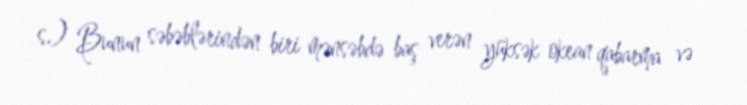
s.) Bunun səbəblərindən biri mənsəbdə baş verən yüksək okean qabarma və